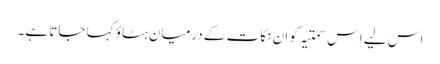
اس لیے اس سمتیہ کو ان نکات کے درمیان ہٹاؤ کہا جاتا ہے۔